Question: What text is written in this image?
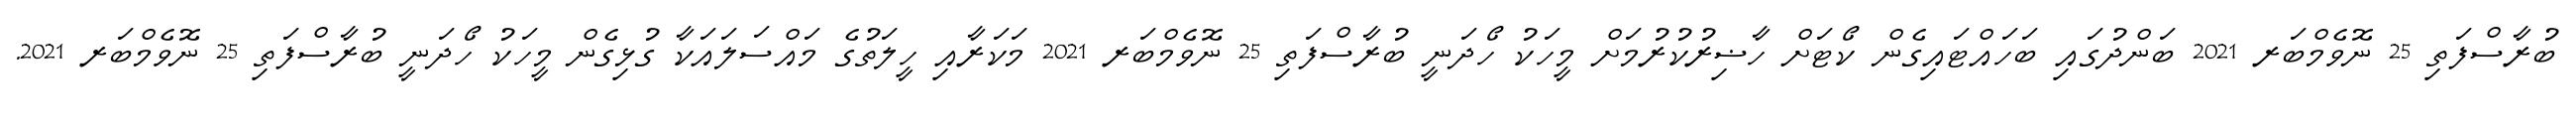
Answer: ބުރާސްފަތި 25 ނޮވެމްބަރ 2021 ބަންދުގައި ބަހައްޓައިގެން ކޯޓަށް ހާޟިރުކުރުމަށް މީހަކު ހޯދަނީ ބުރާސްފަތި 25 ނޮވެމްބަރ 2021 މަކަރާއި ހީލަތުގެ މައްސަލައަކާ ގުޅިގެން މީހަކު ހޯދަނީ ބުރާސްފަތި 25 ނޮވެމްބަރ 2021.